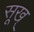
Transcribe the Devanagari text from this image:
सूख्